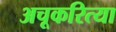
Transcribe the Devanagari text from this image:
अचूकरित्या